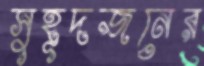
সুহূদজনের